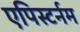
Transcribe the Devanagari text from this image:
एपिस्टर्नम